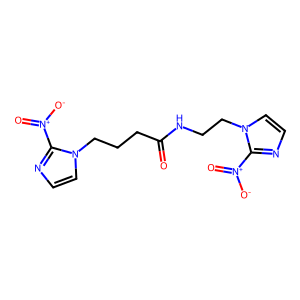
SMILES: O=C(CCCn1ccnc1[N+](=O)[O-])NCCn1ccnc1[N+](=O)[O-]
Inhibits HIV replication: No